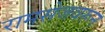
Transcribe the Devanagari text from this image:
रामसेजवरून